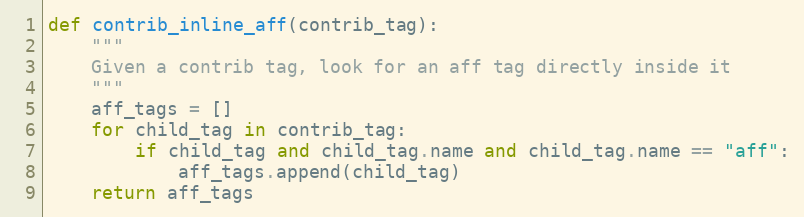
Language: Python
def contrib_inline_aff(contrib_tag):
    """
    Given a contrib tag, look for an aff tag directly inside it
    """
    aff_tags = []
    for child_tag in contrib_tag:
        if child_tag and child_tag.name and child_tag.name == "aff":
            aff_tags.append(child_tag)
    return aff_tags